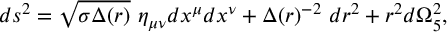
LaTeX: d s ^ { 2 } = \sqrt { \sigma \Delta ( r ) } ~ \eta _ { \mu \nu } d x ^ { \mu } d x ^ { \nu } + \Delta ( r ) ^ { - 2 } ~ d r ^ { 2 } + r ^ { 2 } d \Omega _ { 5 } ^ { 2 } ,